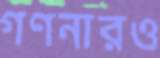
গণনারও